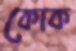
কোক